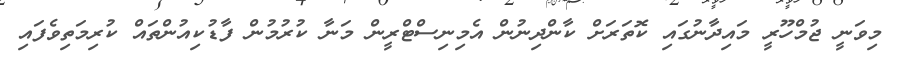
މިވަނީ ޖުމްހޫރީ މައިދާނުގައި ކޮތަރަށް ކާންދިނުން އެމިނިސްޓްރީން މަނާ ކުރުމުން ފާޑުކިއުންތައް ކުރިމަތިވެފައި